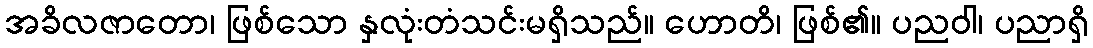
အခိလဇာတော၊ ဖြစ်သော နှလုံးတံသင်းမရှိသည်။ ဟောတိ၊ ဖြစ်၏။ ပညဝါ၊ ပညာရှိ